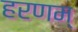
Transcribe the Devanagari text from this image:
हरणम्